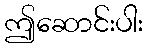
ဤဆောင်းပါး